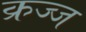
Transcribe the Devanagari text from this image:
क्रज्ज